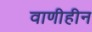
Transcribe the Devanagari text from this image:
वाणीहीन